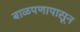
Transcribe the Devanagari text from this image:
बाळपणापासून